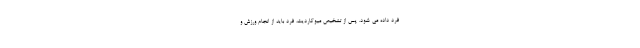
فرد داده می شود. پس از تشخیص میوکاردیت، فرد باید از انجام ورزش و